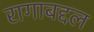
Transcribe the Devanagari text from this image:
रागाबद्दल